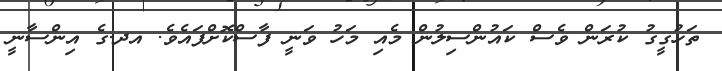
ތަހުގީގު ކުރަން ވެސް ކައުންސިލުން މެއި މަހު ވަނީ ފާސްކޮށްފައެވެ. އދ.ގެ އިންސާނީ